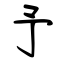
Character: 予